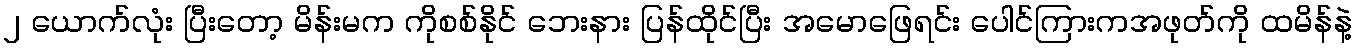
၂ ယောက်လုံး ပြီးတော့ မိန်းမက ကိုစစ်နိုင် ဘေးနား ပြန်ထိုင်ပြီး အမောဖြေရင်း ပေါင်ကြားကအဖုတ်ကို ထမိန်နဲ့